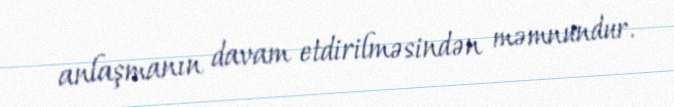
anlaşmanın davam etdirilməsindən məmnundur.